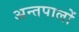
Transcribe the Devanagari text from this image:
अन्तपालों